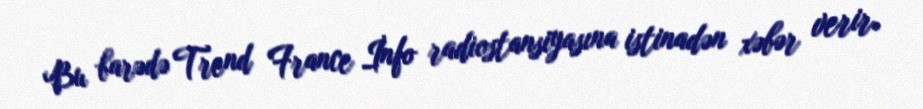
Bu barədə Trend France İnfo radiostansiyasına istinadən xəbər verir.